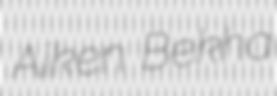
Aiken Bekha